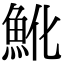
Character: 魤